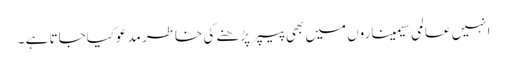
انہیں عالمی سیمیناروں میں بھی پیپر پڑھنے کی خاطر مدعوکیاجاتا ہے ۔